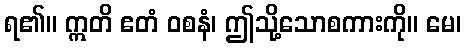
ရ၏။ ဣတိ ဧတံ ဝစနံ၊ ဤသို့သောစကားကို။ မေ၊